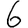
Digit: 6